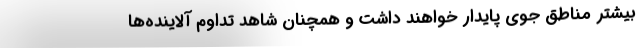
بیشتر مناطق جوی پایدار خواهند داشت و همچنان شاهد تداوم آلاینده‌ها